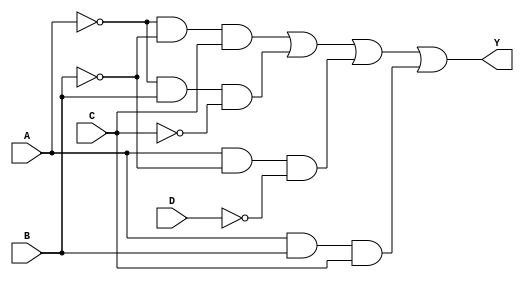
module sop_simplified (
    input wire A,  // Input variable A
    input wire B,  // Input variable B
    input wire C,  // Input variable C
    input wire D,  // Input variable D
    output wire Y  // Output variable Y
);

// Simplified SOP expression derived from K-map
// Example: Y = A'B'C + A'BC' + AB'D' + ABC
assign Y = (~A & ~B & C) | (~A & B & ~C) | (A & ~B & ~D) | (A & B & C);

endmodule